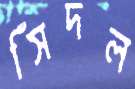
সিঁদল